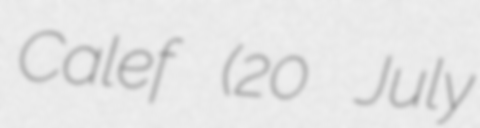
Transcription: Calef (20 July